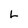
Character: L